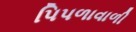
પિપળાવાળી